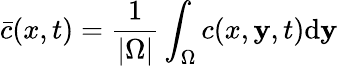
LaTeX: \bar{c}(x,t)=\frac{1}{\left|\Omega\right|}\int_{\Omega}^{}c(x,\mathbf{y},t)\mathrm{d}\mathbf{y}